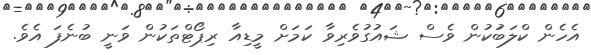
އެހެން ކްލަބުަކުން ވެސް ޝައުގުވެރިވާ ކަމަށް މީޑިއާ ރިޕޯޓްތަކުން ވަނީ ބުނެފަ އެވެ.